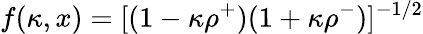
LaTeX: f(\kappa,x)=[(1-\kappa\rho^{+})(1+\kappa\rho^{-})]^{-1/2}